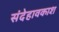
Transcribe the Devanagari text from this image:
संदेहावकाश